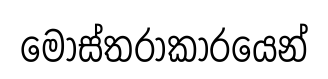
මෝස්තරාකාරයෙන්